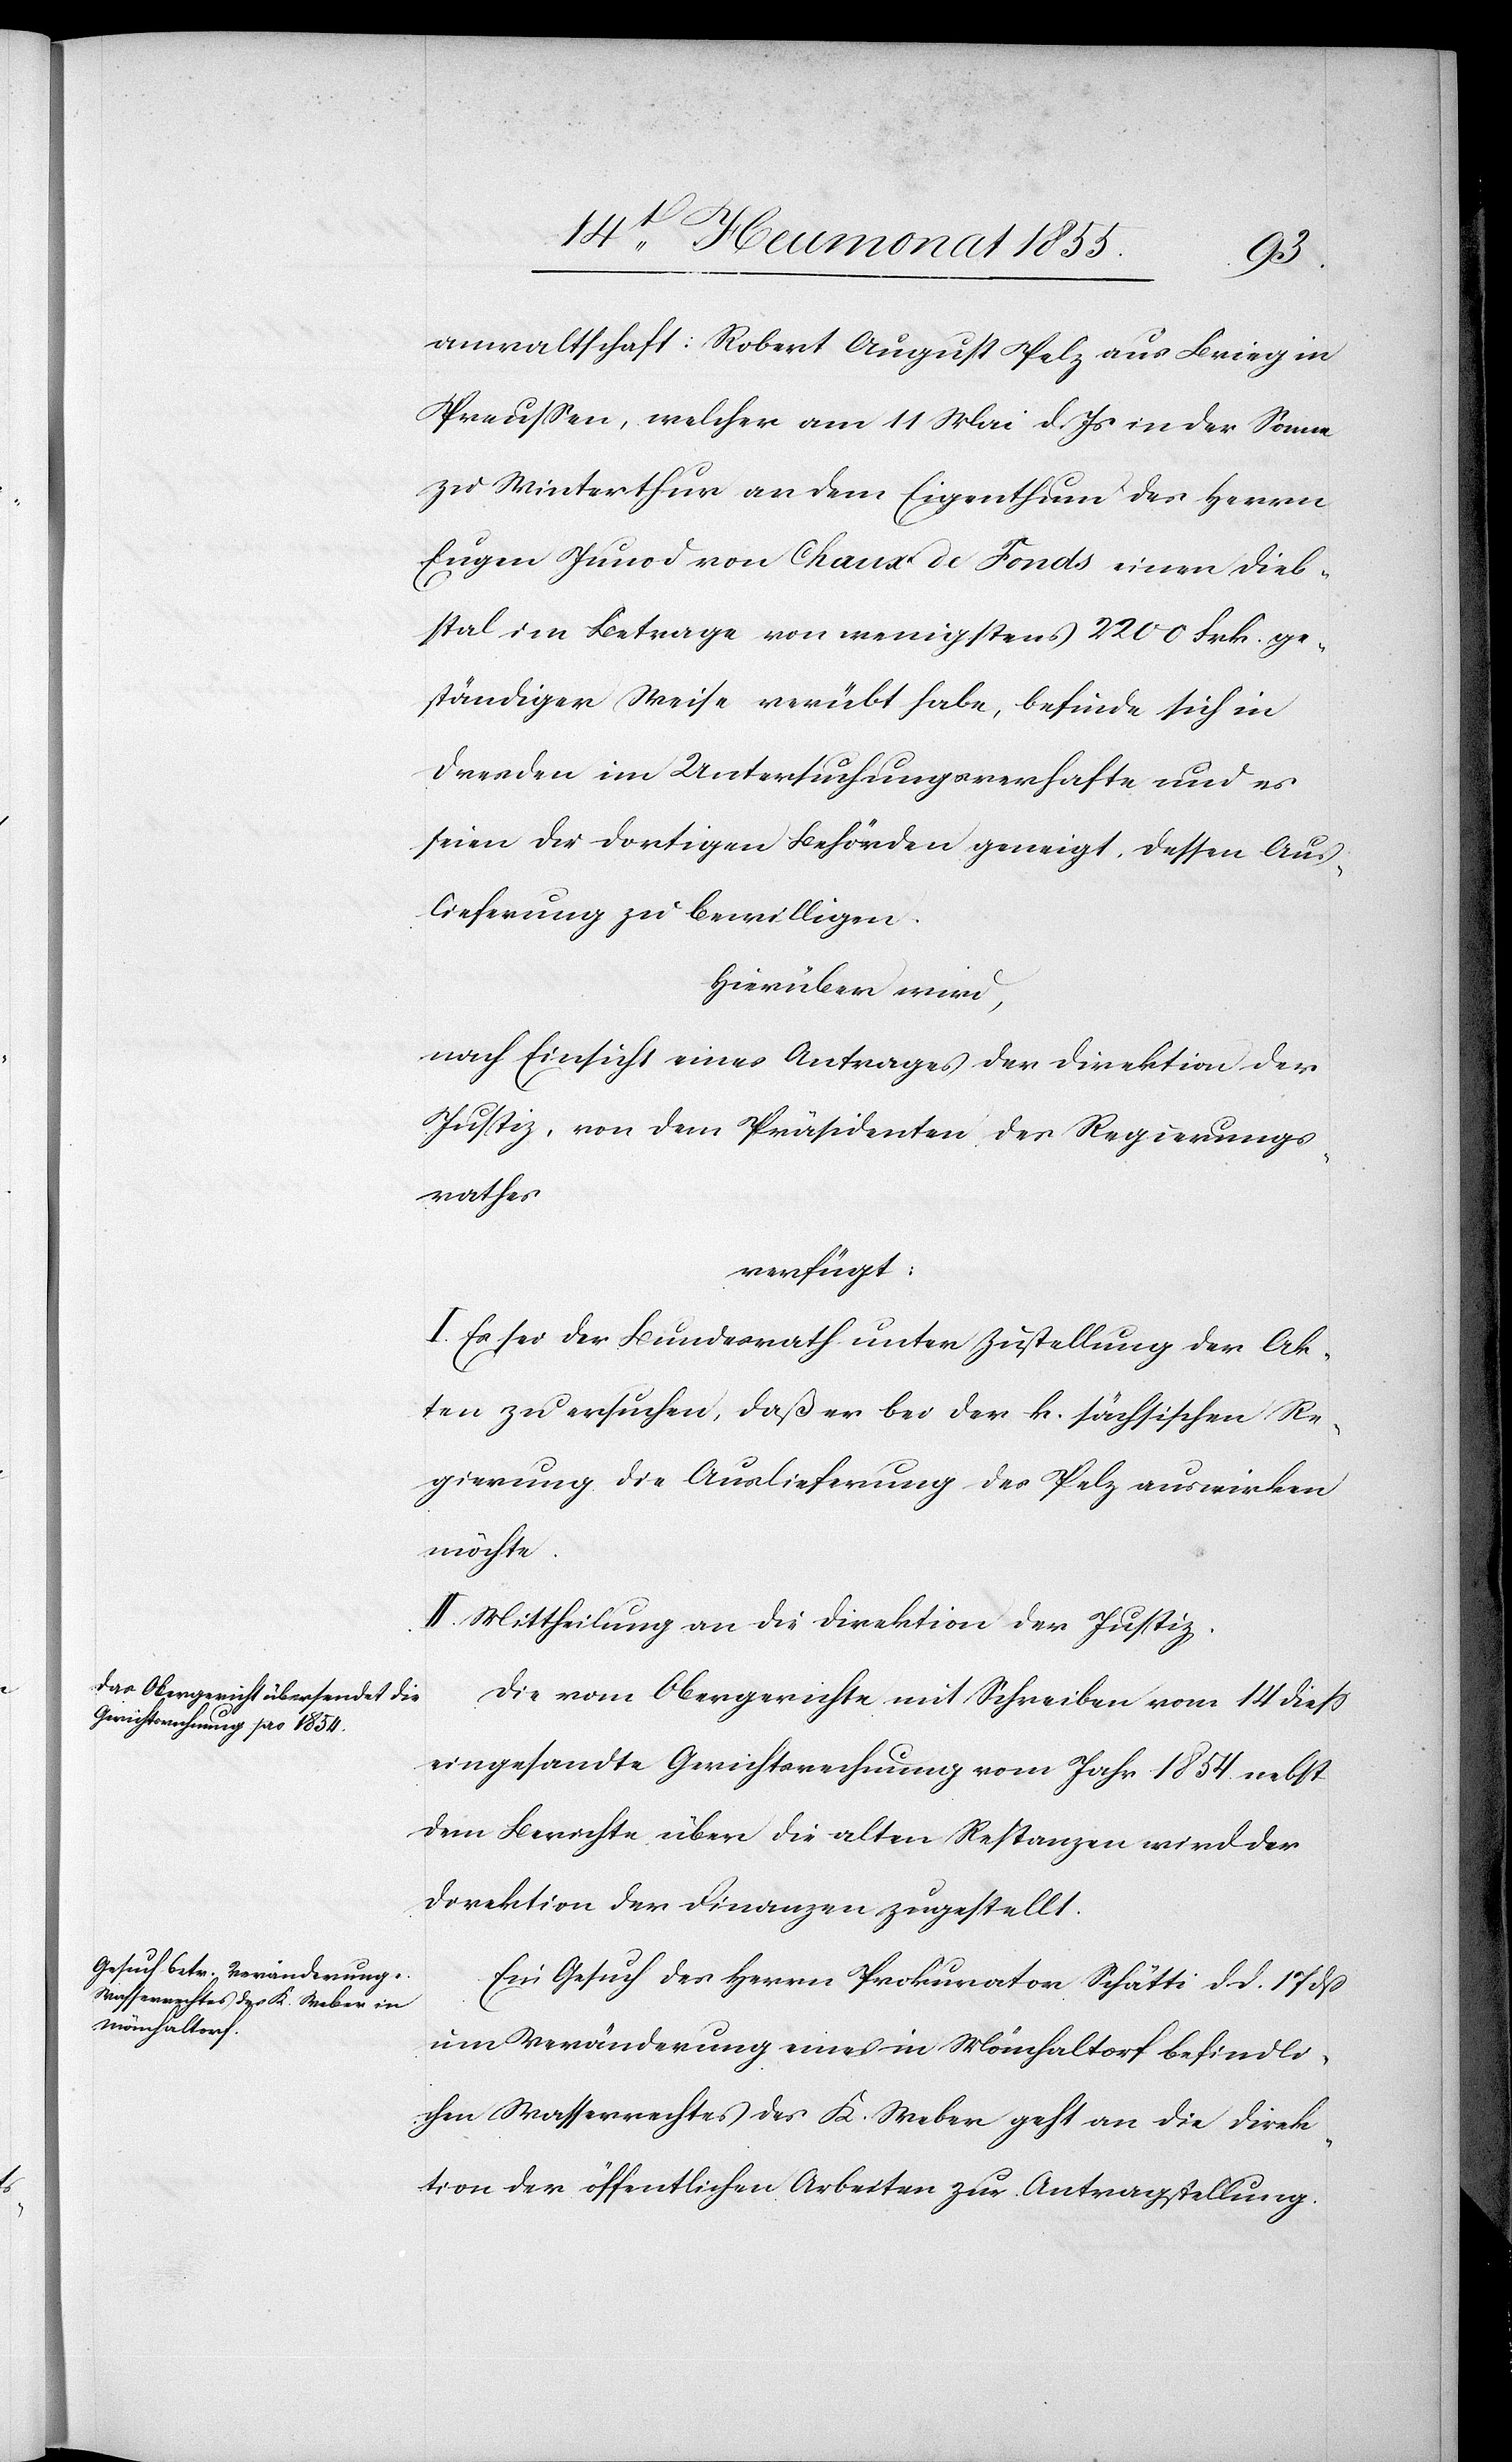
anwaltschaft: Robert August Pelz aus Brieg in
Preussen, welcher am 11 Mai d. Js in der Sonne
zu Winterthur an dem Eigenthum des Herrn
Eugen Junod von Chaux de Fonds einen Dieb¬
stal im Betrage von wenigstens 2200 Frk. ge¬
ständiger Weise verübt habe, befinde sich in
Dresden im Untersuchungsverhafte und es
seien die dortigen Behörden geneigt, dessen Aus¬
lieferung zu bewilligen.
Hierüber wird,
nach Einsicht eines Antrages der Direktion der
Justiz, von dem Präsidenten des Regierungs¬
rathes
verfügt:
I. Es sei der Bundesrath unter Zustellung der Ak¬
ten zu ersuchen, daß er bei der k. sächsischen Re¬
gierung die Auslieferung des Pelz auswirken
möchte.
II. Mittheilung an die Direktion der Justiz.
Die vom Obergerichte mit Schreiben vom 14 diess
eingesandte Gerichtsrechnung vom Jahr 1854. nebst
dem Berichte über die alten Restanzen wird der
Direktion der Finanzen zugestellt.
Ein Gesuch des Herrn Prokurator Schätti d. d. 17 dß
um Veränderung eines in Mönchaltorf befindli¬
chen Wasserrechtes des K. Weber geht an die Direk¬
tion der öffentlichen Arbeiten zur Antragstellung.